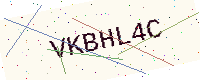
Text: VKBHL4C